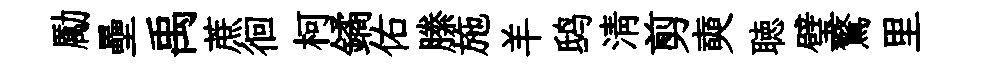
勵壘禹蔗徊柯鐍佑縢施羊鸱清剪奭聴璧驚里